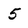
Character: 5